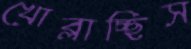
খোব্‌লাচ্ছিস